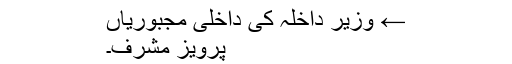
← وزیر داخلہ کی داخلی مجبوریاں
پرویز مشرف۔